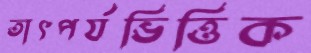
তাৎপর্যভিত্তিক